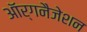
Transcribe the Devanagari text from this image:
ऑर्गनैजेशन